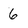
Character: 6